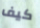
كيف